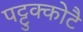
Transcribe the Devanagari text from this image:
पट्टुक्कोटै